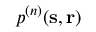
p ^ { ( n ) } ( \mathbf { s } , \mathbf { r } )